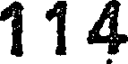
114